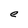
Character: e